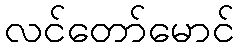
လင်တော်မောင်